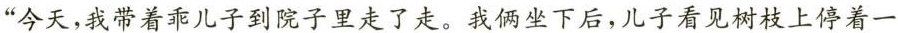
”今天，我带着乖儿子到院子里走了走。我俩坐下后，儿子看见树枝上停着一